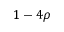
1 - 4 \rho